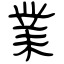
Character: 業